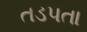
તડપતા